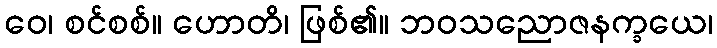
ဝေ၊ စင်စစ်။ ဟောတိ၊ ဖြစ်၏။ ဘဝသညောဇနက္ခယေ၊